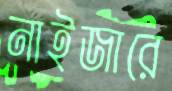
নাইজারে